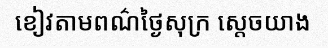
ខៀវតាមពណ៌ថ្ងៃសុក្រ ស្តេចយាង